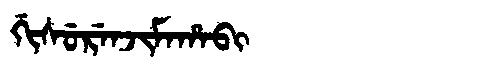
Manchu: ᡤᡳᠰᡠᡵᡝᠨᠵᡳᠮᠠᡥᠠᠪᡳ
Romanization: GISURENJIMAHABI